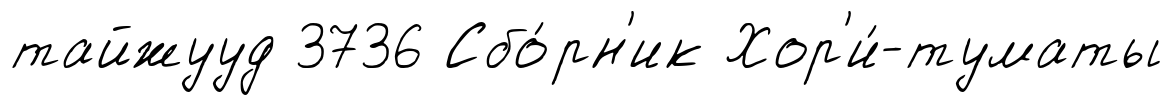
тайжууд 3736 Сбо́рн'ик Хор'и́-туматы